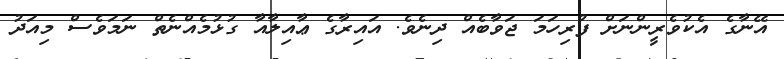
އޭނާގެ އެކުވެރީންނަށް ފުރިހަމަ ޖަވާބެއް ދިނެވެ. އައިރާގެ ޢާއިލާއާ ގުޅުމެއްނެތް ނަމަވެސް މިއަދު